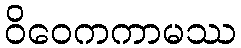
ဝိဝေကကာမဿ